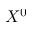
X ^ { 0 }